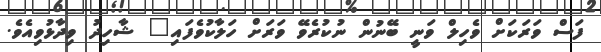
ފަސް ވަރަކަށް ވެހިލް ވަނީ ބޭނުން ނުކުރެވޭ ވަރަށް ހަލާކުވެފައި" ޝާހިދު ވިދާޅުވިއެވެ.